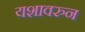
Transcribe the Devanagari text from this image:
यशावरुन